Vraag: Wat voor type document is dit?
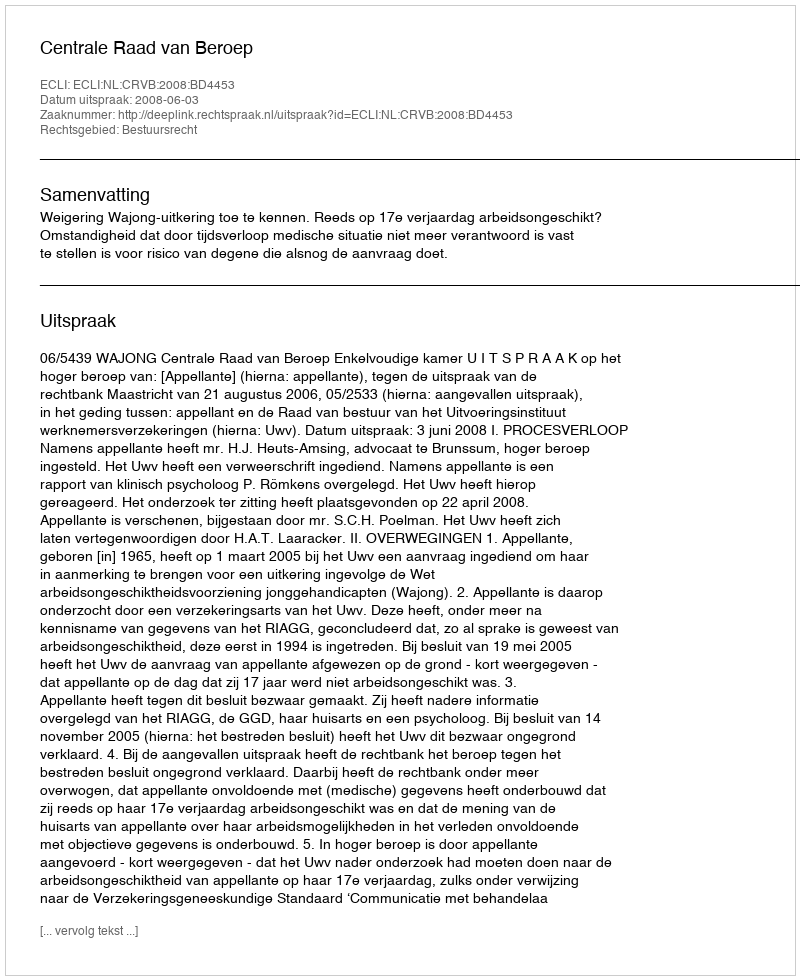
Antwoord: Uitspraak